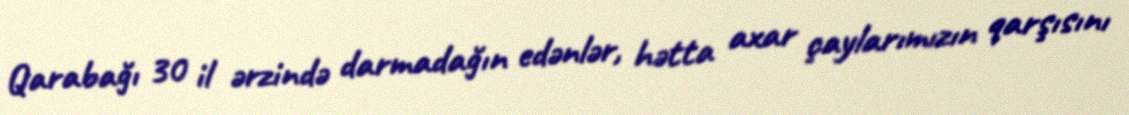
Qarabağı 30 il ərzində darmadağın edənlər, hətta axar çaylarımızın qarşısını